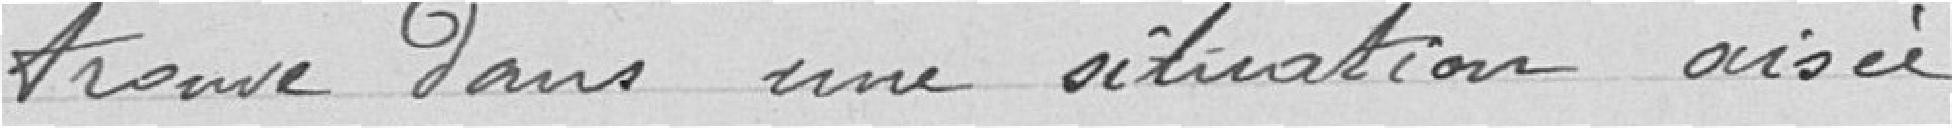
trouve dans une situation aisée,